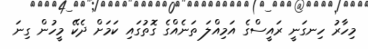
މިހާރު ހިނގަނީ ރައީސްގެ އަމިއްލަ ތަނެއްގެ ގޮތުގައި ކަމަށް ދެކޭ މީހުން ގިނަ